Vaccination in Bombay 1869-1873 - 1869-1873
Year: 1869
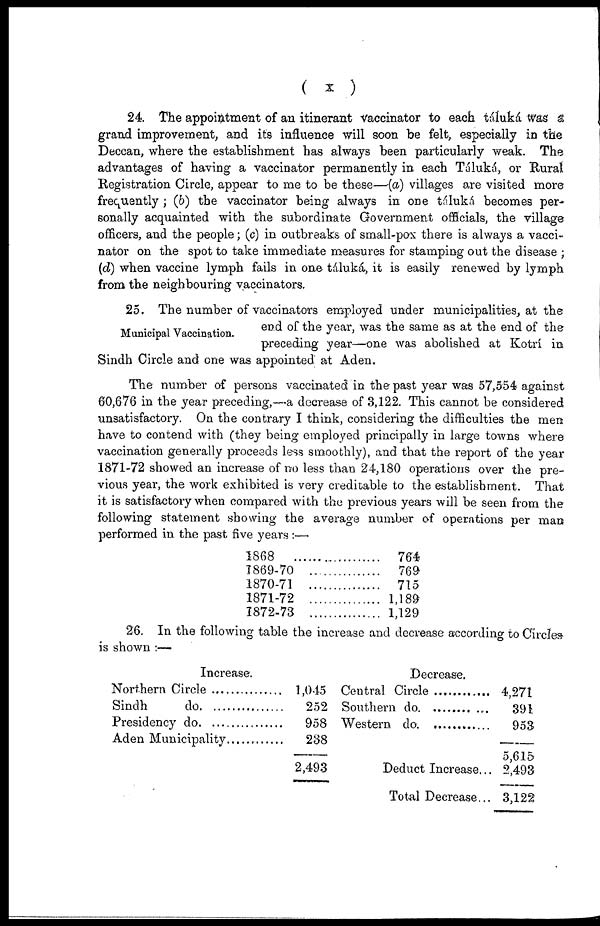
( x )
24. The appointment of an itinerant vaccinator to each táluká was a
grand improvement, and its influence will soon be felt, especially in the
Deccan, where the establishment has always been particularly weak. The
advantages of having a vaccinator permanently in each Táluká, or Rural
Registration Circle, appear to me to be these—(a) villages are visited more
frequently ; (b) the vaccinator being always in one táluká becomes per-
sonally acquainted with the subordinate Government officials, the village
officers, and the people; (c) in outbreaks of small-pox there is always a vacci-
nator on the spot to take immediate measures for stamping out the disease ;
(d) when vaccine lymph fails in one táluká, it is easily renewed by lymph
from the neighbouring vaccinators.
Municipal Vaccination.
25. The number of vaccinators employed under municipalities, at the
end of the year, was the same as at the end of the
preceding year—one was abolished at Kotrí in
Sindh Circle and one was appointed at Aden.
The number of persons vaccinated in the past year was 57,554 against
60,676 in the year preceding,—a decrease of 3,122. This cannot be considered
unsatisfactory. On the contrary I think, considering the difficulties the men
have to contend with (they being employed principally in large towns where
vaccination generally proceeds less smoothly), and that the report of the year
1871-72 showed an increase of no less than 24,180 operations over the pre-
vious year, the work exhibited is very creditable to the establishment. That
it is satisfactory when compared with the previous years will be seen from the
following statement showing the average number of operations per man
performed in the past five years :—
1868
1869-70
1870-71
1871-72
1872-73
764
769
715
1,189
1,129
26. In the following table the increase and decrease according to Circles
is shown :—
Increase.
Northern Circle .........
Sindh do. ............
Presidency do ............
Aden Municipality ..............
1,045
252
958
238
2,493
Decrease.
Central Circle ............
Southern do. ............
Western do. ............
Deduct Increase...
Total Decrease...
4,271
391
953
5,615
2,493
3,122